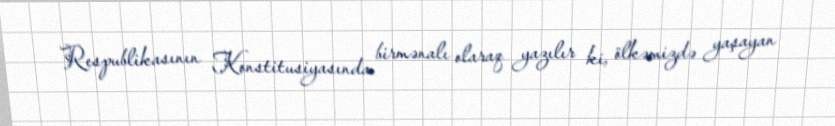
Respublikasının Konstitusiyasında birmənalı olaraq yazılır ki, ölkəmizdə yaşayan